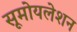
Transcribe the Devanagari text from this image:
सूमोयलेशन